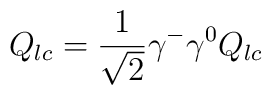
Q_{lc}=\frac{1}{\sqrt 2}\gamma^-\gamma^0 Q_{lc}